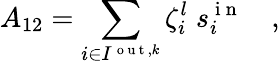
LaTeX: A_{12}=\sum_{i\in I^{\mathrm{~o~u~t~},k}}\zeta_{i}^{l}\; s_{i}^{\mathrm{~i~n~}}\quad,